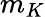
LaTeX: m_{K}